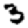
Digit: 3